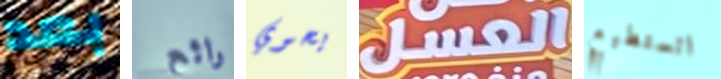
بعد رائع يحوي العسل اتستطيع